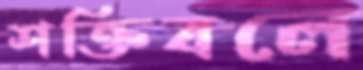
শক্তিবলে